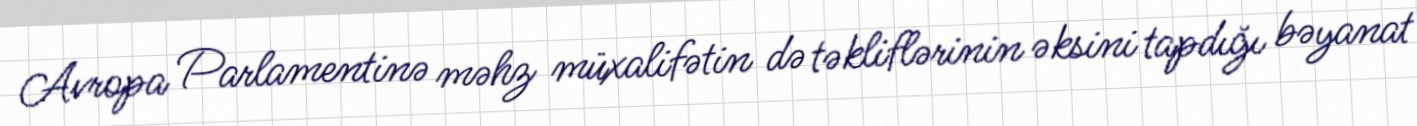
Avropa Parlamentinə məhz müxalifətin də təkliflərinin əksini tapdığı bəyanat